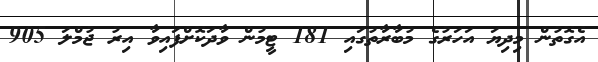
އެގޮތުން މިދިޔަ އަހަރުގެ މުބާރާތުގައި 181 ޓީމުން ވާދަކޮށްފައިވާ އިރު ޖުމްލަ 905